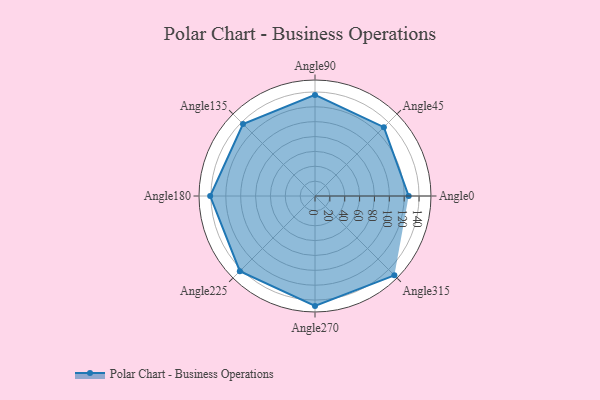
{"axis": {"x": "Angle", "y": "Radius"}, "legend": [""], "data": [{"x": "Angle0", "y": 126.0, "type": ""}, {"x": "Angle45", "y": 131.0, "type": ""}, {"x": "Angle90", "y": 136.0, "type": ""}, {"x": "Angle135", "y": 137.0, "type": ""}, {"x": "Angle180", "y": 141.0, "type": ""}, {"x": "Angle225", "y": 143.0, "type": ""}, {"x": "Angle270", "y": 148.0, "type": ""}, {"x": "Angle315", "y": 151.0, "type": ""}]}